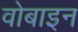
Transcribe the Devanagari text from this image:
वोबाइन